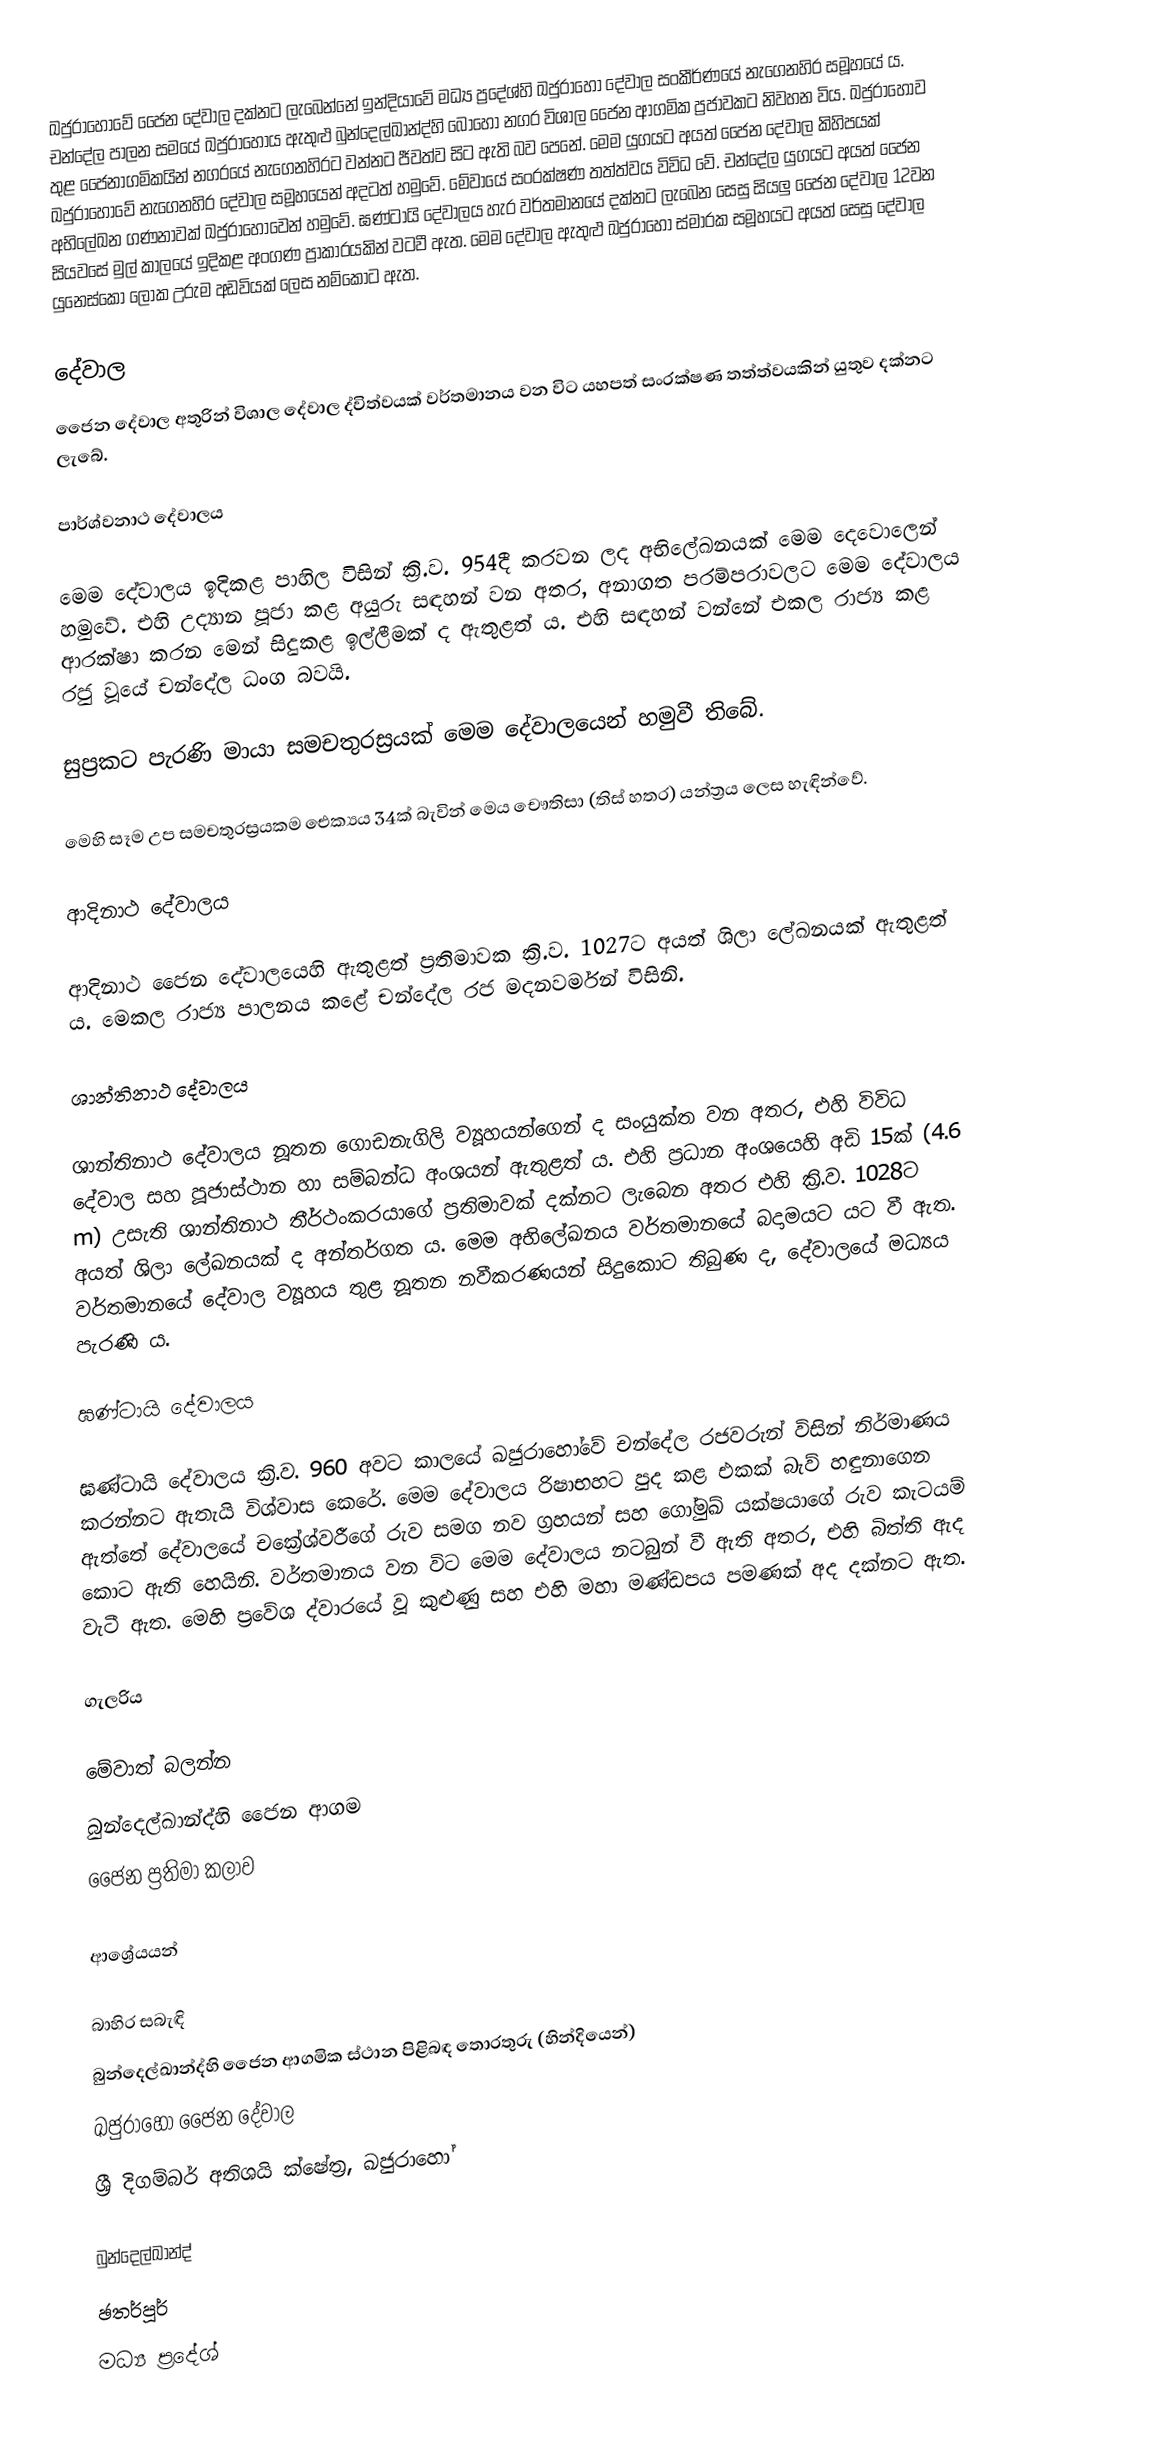
ඛජුරාහෝවේ ජෛන දේවාල දක්නට ලැබෙන්නේ ඉන්දියාවේ මධ්‍ය ප්‍රදේශ්හි ඛජුරාහෝ දේවාල සංකීර්ණයේ නැගෙනහිර සමූහයේ ය. චන්දේල පාලන සමයේ ඛජුරාහෝය ඇතුළු බුන්දෙල්ඛාන්ද්හි බොහෝ නගර විශාල ජෛන ආගමික ප්‍රජාවකට නිවහන විය. ඛජුරාහෝව තුළ ජෛනාගමිකයින් නගරයේ නැගෙනහිරට වන්නට ජීවත්ව සිට ඇති බව පෙනේ. මෙම යුගයට අයත් ජෛන දේවාල කිහිපයක් ඛජුරාහෝවේ නැගෙනහිර දේවාල සමූහයෙන් අදටත් හමුවේ. මේවායේ සංරක්ෂණ තත්ත්වය විවිධ වේ. චන්දේල යුගයට අයත් ජෛන අභිලේඛන ගණනාවක් ඛජුරාහෝවෙන් හමුවේ. ඝණ්ටායි දේවාලය හැර වර්තමානයේ දක්නට ලැබෙන සෙසු ‍සියලු ජෛන දේවාල 12වන සියවසේ මුල් කාලයේ ඉදිකළ අංගණ ප්‍රාකාරයකින් වටවී ඇත. මෙම දේවාල ඇතුළු ඛජුරාහෝ ස්මාරක සමූහයට අයත් සෙසු දේවාල යුනෙස්කෝ ලෝක උරුම අඩවියක් ලෙස නම්කොට ඇත.

දේවාල
ජෛන දේවාල අතුරින් විශාල දේවාල ද්විත්වයක් වර්තමානය වන විට යහපත් සංරක්ෂණ තත්ත්වයකින් යුතුව දක්නට ලැබේ.

පාර්ශ්වනාථ දේවාලය

මෙම දේවාලය ඉදිකළ පාහිල විසින් ක්‍රි.ව. 954දී කරවන ලද අභිලේඛනයක් මෙම දෙවොලෙන් හමුවේ. එහි උද්‍යාන පූජා කළ අයුරු සඳහන් වන අතර, අනාගත පරම්පරාවලට මෙම දේවාලය ආරක්ෂා කරන මෙන් සිදුකළ ඉල්ලීමක් ද ඇතුළත් ය. එහි සඳහන් වන්නේ එකල රාජ්‍ය කළ රජු වූයේ චන්දේල ධංග බවයි.

සුප්‍රකට පැරණි මායා සමචතුරස්‍රයක් මෙම දේවාලයෙන් හමුවී තිබේ.

මෙහි සෑම උප සමචතුරස්‍රයකම ඓක්‍යය 34ක් බැවින් මෙය චෞතිසා (තිස් හතර) යන්ත්‍රය ලෙස හැඳින්වේ.

ආදිනාථ දේවාලය

ආදිනාථ ජෛන දේවාලයෙහි ඇතුළත් ප්‍රතිමාවක ක්‍රි.ව. 1027ට අයත් ශිලා ලේඛනයක් ඇතුළත් ය. මෙකල රාජ්‍ය පාලනය කළේ චන්දේල රජ මදනවර්මන් විසිනි.

ශාන්තිනාථ දේවාලය

ශාන්තිනාථ දේවාලය නූතන ගොඩනැගිලි ව්‍යූහයන්ගෙන් ද සංයුක්ත වන අතර, එහි විවිධ දේවාල සහ පූජාස්ථාන හා සම්බන්ධ අංශයන් ඇතුළත් ය. එහි ප්‍රධාන අංශයෙහි අඩි 15ක් (4.6 m) උසැති ශාන්තිනාථ තීර්ථංකරයාගේ ප්‍රතිමාවක් දක්නට ලැබෙන අතර එහි ක්‍රි.ව. 1028ට අයත් ශිලා ලේඛනයක් ද අන්තර්ගත ය. මෙම අභිලේඛනය වර්තමානයේ බදාමයට යට වී ඇත. වර්තමානයේ දේවාල ව්‍යූහය තුළ නූතන නවීකරණයන් සිදුකොට තිබුණ ද, දේවාලයේ මධ්‍යය පැරණි ය.

ඝණ්ටායි දේවාලය

ඝණ්ටායි දේවාලය ක්‍රි.ව. 960 අවට කාලයේ ඛජුරාහෝවේ චන්දේල රජවරුන් විසින් නිර්මාණය කරන්නට ඇතැයි විශ්වාස කෙරේ. මෙම දේවාලය රිෂාභහට පුද කළ එකක් බැව් හඳුනාගෙන ඇත්තේ දේවාලයේ චක්‍රේශ්වරීගේ රුව සමග නව ග්‍රහයන් සහ ගෝමුඛ් යක්ෂයාගේ රුව කැටයම් කොට ඇති හෙයිනි. වර්තමානය වන විට මෙම දේවාලය නටබුන් වී ඇති අතර, එහි බිත්ති ඇද වැටී ඇත. මෙහි ප්‍රවේශ ද්වාරයේ වූ කුළුණු සහ එහි මහා මණ්ඩපය පමණක් අද දක්නට ඇත.

ගැලරිය

මේවාත් බලන්න
 බුන්දෙල්ඛාන්ද්හි ජෛන ආගම
 ජෛන ප්‍රතිමා කලාව

ආශ්‍රේයයන්

බාහිර සබැඳි
බුන්දෙල්ඛාන්ද්හි ජෛන ආගමික ස්ථාන පිළිබඳ තොරතුරු (හින්දියෙන්)
ඛජුරාහෝ ජෛන දේවාල
ශ්‍රී දිගම්බර් අතිශයි ක්ෂේත්‍ර, ඛජුරාහෝ

බුන්දෙල්ඛාන්ද්
ඡතර්පූර්
මධ්‍ය ප්‍රදේශ්